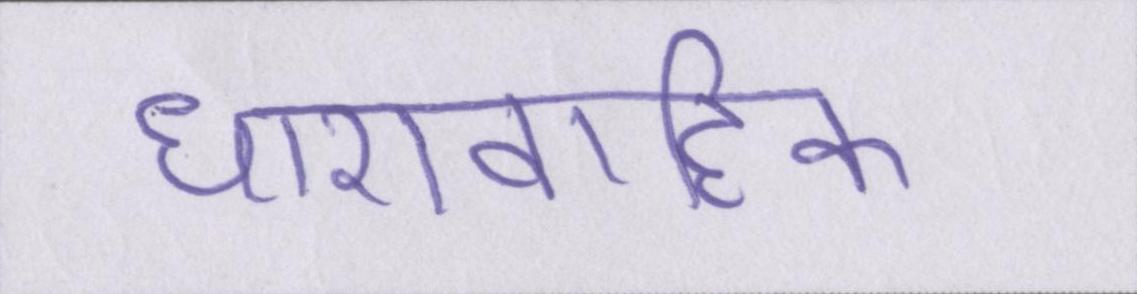
धारावाहिक